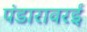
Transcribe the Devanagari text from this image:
पंडारावरई